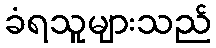
ခံရသူများသည်